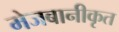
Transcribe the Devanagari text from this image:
मेजबानीकृत